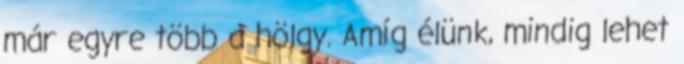
már egyre több a hölgy. Amíg élünk, mindig lehet